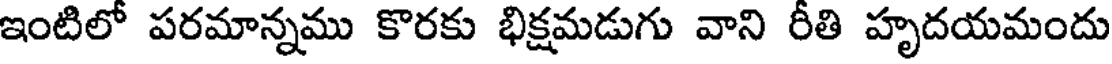
ఇంటిలో పరమాన్నము కొరకు భిక్షమడుగు వాని రీతి హృదయమందు